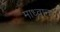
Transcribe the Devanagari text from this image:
माध्वान